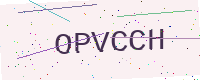
Text: OPVCCH